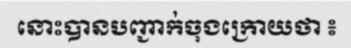
នោះបានបញ្ជាក់ចុងក្រោយថា ៖